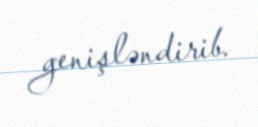
genişləndirib.